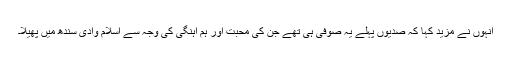
انہوں نے مزید کہا کہ صدیوں پہلے یہ صوفی ہی تھے جن کی محبت اور ہم آہنگی کی وجہ سے اسلام وادی سندھ میں پھیلا۔